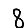
Digit: 8